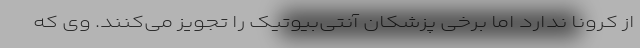
از کرونا ندارد اما برخی پزشکان آنتی‌بیوتیک را تجویز می‌کنند. وی که